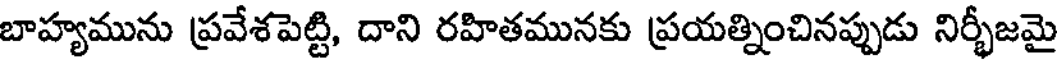
బాహ్యమును ప్రవేశపెట్టి, దాని రహితమునకు ప్రయత్నించినప్పుడు నిర్భీజమై